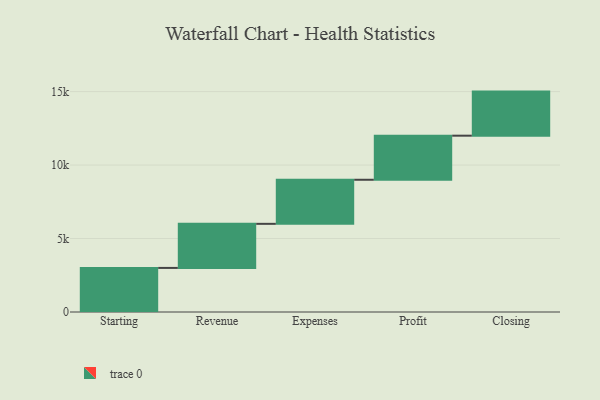
{"axis": {"x": "Step", "y": "Value"}, "legend": [""], "data": [{"x": "Starting", "y": 3000, "type": ""}, {"x": "Revenue", "y": 3000, "type": ""}, {"x": "Expenses", "y": 3000, "type": ""}, {"x": "Profit", "y": 3000, "type": ""}, {"x": "Closing", "y": 3000, "type": ""}]}